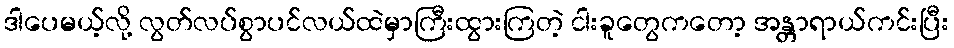
ဒါပေမယ့်လို့ လွတ်လပ်စွာပင်လယ်ထဲမှာကြီးထွားကြတဲ့ ငါးခူတွေကတော့ အန္တာရာယ်ကင်းပြီး